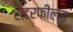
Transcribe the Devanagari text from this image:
सेटरफील्ड